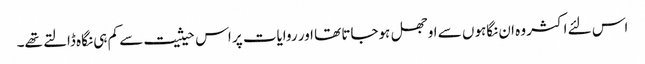
اس لئے اکثر وہ ان نگاہوں سے اوجھل ہوجاتا تھا اور روایات پر اس حیثیت سے کم ہی نگاہ ڈالتے تھے۔